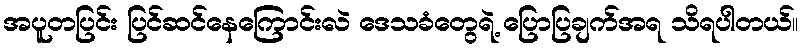
အပူတပြင်း ပြင်ဆင်နေကြောင်းလဲ ဒေသခံတွေရဲ့ ပြောပြချက်အရ သိရပါတယ်။